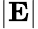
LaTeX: |\mathbf E|